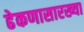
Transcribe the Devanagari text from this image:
ढेकणासारख्या